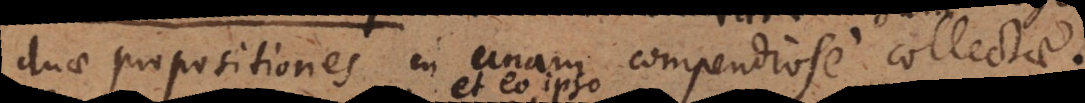
duae propositiones in unam compendiose collectae.